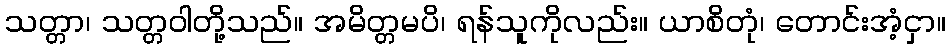
သတ္တာ၊ သတ္တဝါတို့သည်။ အမိတ္တမပိ၊ ရန်သူကိုလည်း။ ယာစိတုံ၊ တောင်းအံ့ငှာ။